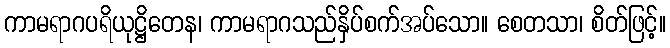
ကာမရာဂပရိယုဋ္ဌိတေန၊ ကာမရာဂသည်နှိပ်စက်အပ်သော။ စေတသာ၊ စိတ်ဖြင့်။